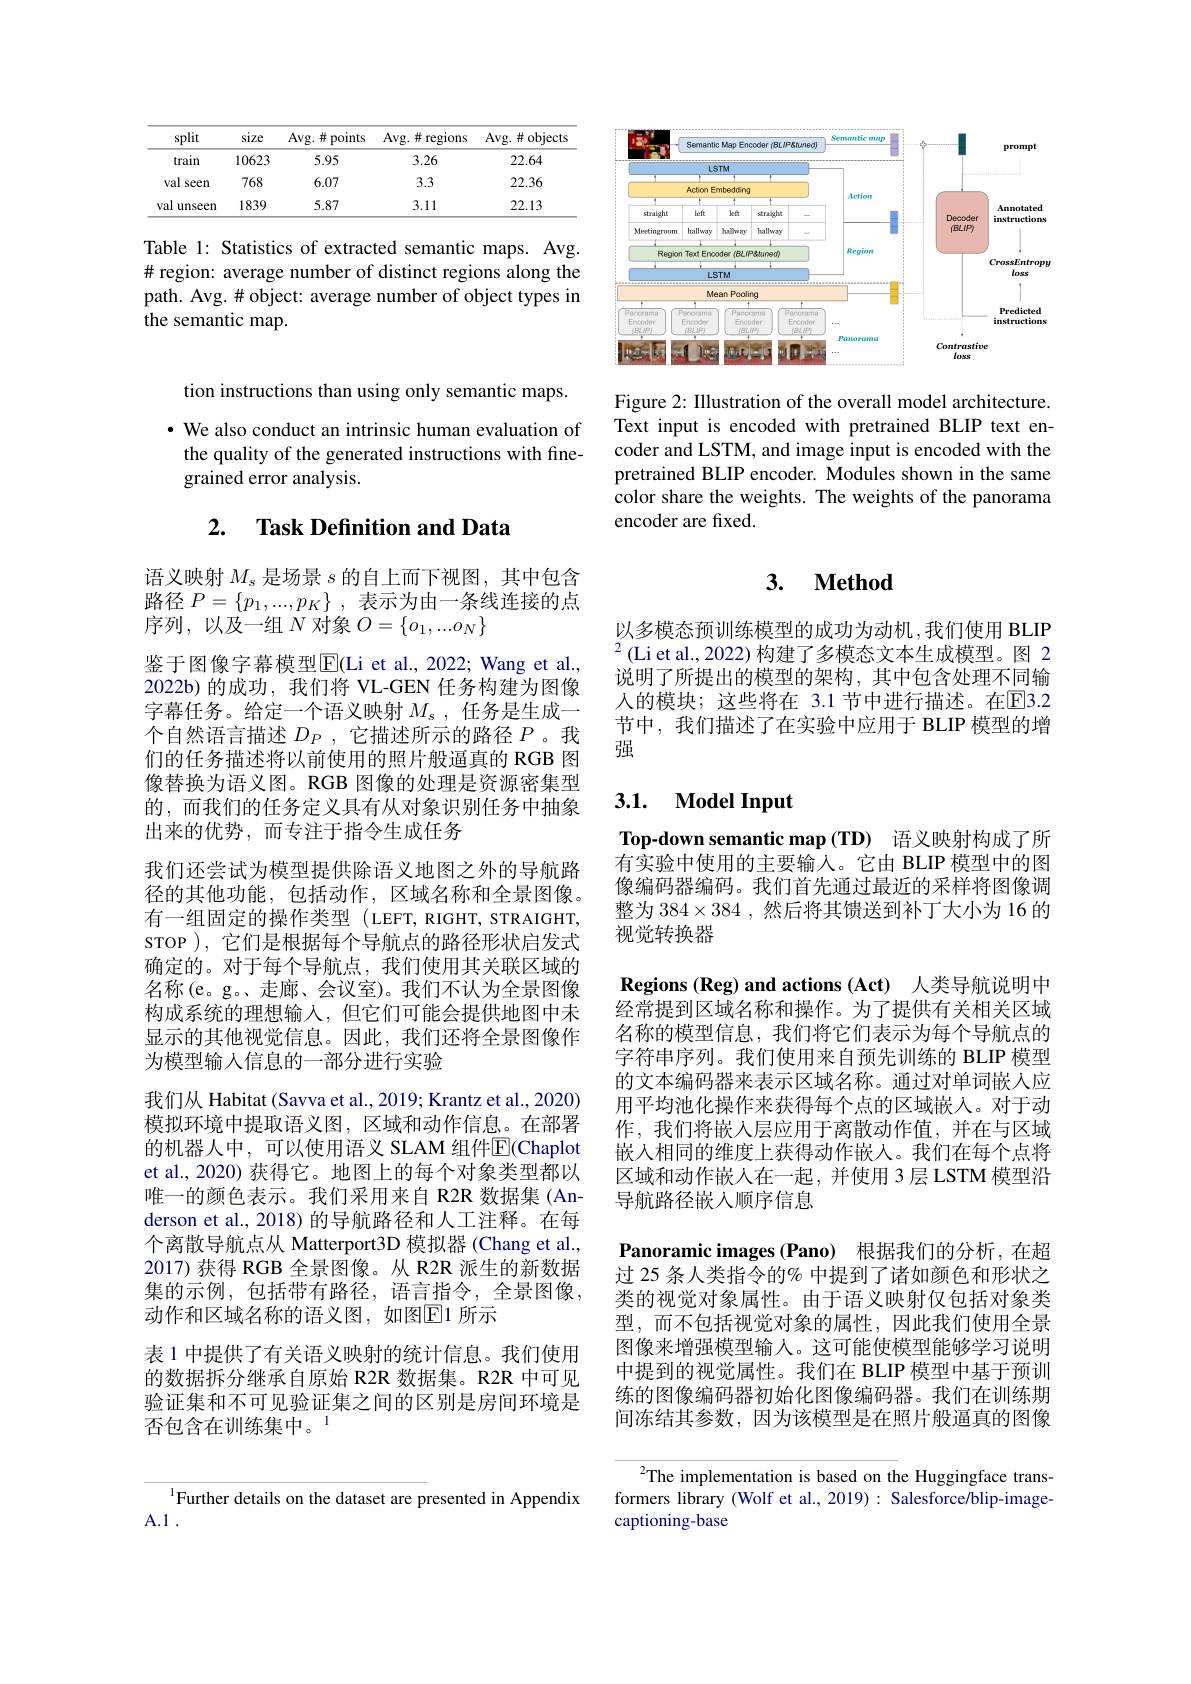
<table>
	<tbody>
		<tr>
			<th>split</th>
			<th>size</th>
			<th>Avg. $\#$ points</th>
			<th>Avg. $\#$ regions</th>
			<th>Avg. $\#$ objects</th>
		</tr>
		<tr>
			<td>train</td>
			<td>10623</td>
			<td>5.95</td>
			<td>3.26</td>
			<td>22.64</td>
		</tr>
		<tr>
			<td>val seen</td>
			<td>768</td>
			<td>6.07</td>
			<td>3.3</td>
			<td>22.36</td>
		</tr>
		<tr>
			<td>val unseen</td>
			<td>1839</td>
			<td>5.87</td>
			<td>3.11</td>
			<td>22.13</td>
		</tr>
	</tbody>
</table>

Table 1: Statistics of extracted semantic maps. Avg. # region: average number of distinct regions along the path. Avg. # object: average number of object types in the semantic map.

tion instructions than using only semantic maps.

$\cdot$ We also conduct an intrinsic human evaluation of the quality of the generated instructions with finegrained error analysis.

# 2. Task Definition and Data

语义映射$M_s$是场景$s$的自上而下视图，其中包含路径$P= \{ p_1, . . . , p_K\}$ ,表示为由一条线连接的点序列，以及一组$N$对象$O=\{o_1,...o_N\}$
鉴于图像字幕模型$\operatorname{E}($Li et al.,2022; Wang et al., 2022b)的成功，我们将 VL-GEN 任务构建为图像字幕任务。给定一个语义映射$M_s$,任务是生成一个自然语言描述$D_P$,它描述所示的路径$P$ 。我们的任务描述将以前使用的照片般逼真的 RGB 图像替换为语义图。RGB 图像的处理是资源密集型的，而我们的任务定义具有从对象识别任务中抽象出来的优势，而专注于指令生成任务
我们还尝试为模型提供除语义地图之外的导航路径的其他功能，包括动作，区域名称和全景图像。有一组固定的操作类型 (LEFT, RIGHT, STRAIGHT, sTOP ), 它们是根据每个导航点的路径形状启发式确定的。对于每个导航点，我们使用其关联区域的名称(e。g。、走廊、会议室)。我们不认为全景图像构成系统的理想输入，但它们可能会提供地图中未显示的其他视觉信息。因此，我们还将全景图像作为模型输入信息的一部分进行实验
我们从 Habitat (Savva et al., 2019; Krantz et al., 2020) 模拟环境中提取语义图，区域和动作信息。在部署的机器人中，可以使用语义 SLAM 组件$\overline{\mathrm{E}}($Chaplot et al., 2020) 获得它。地图上的每个对象类型都以唯一的颜色表示。我们采用来自 R2R 数据集 (Anderson et al., 2018) 的导航路径和人工注释。在每个离散导航点从 Matterport3D 模拟器 (Chang et al., 2017) 获得 RGB 全景图像。从 R2R 派生的新数据集的示例，包括带有路径，语言指令，全景图像， 动作和区域名称的语义图，如图$\overline{\mathbb{E}}$1 所示
表 1 中提供了有关语义映射的统计信息。我们使用的数据拆分继承自原始 R2R 数据集。R2R 中可见验证集和不可见验证集之间的区别是房间环境是否包含在训练集中。$^{1}$

$^{1}$Further details on the dataset are presented in Appendix
A.1 .

<FigureHere>

Figure 2: Illustration of the overall model architecture. Text input is encoded with pretrained BLIP text encoder and LSTM, and image input is encoded with the pretrained BLIP encoder. Modules shown in the same color share the weights. The weights of the panorama encoder are fixed.

### $\textbf{3. }$ $\textbf{Method}$

以多模态预训练模型的成功为动机，我们使用 BLIP $^{2}($Li et al., 2022) 构建了多模态文本生成模型。图 2说明了所提出的模型的架构，其中包含处理不同输人的模块；这些将在 3.1 节中进行描述。在$\overline{\mathrm{E}}$3.2节中，我们描述了在实验中应用于 BLIP 模型的增强

## 3.1. Model Input

Top-down semantic map (TD) 语义映射构成了所有实验中使用的主要输入。它由 BLIP 模型中的图像编码器编码。我们首先通过最近的采样将图像调整为$384\times384$ ,然后将其馈送到补丁大小为 16 的视觉转换器

$\textbf{Regions ( Reg) and actions ( Act) }$人类导航说明中经常提到区域名称和操作。为了提供有关相关区域名称的模型信息，我们将它们表示为每个导航点的字符串序列。我们使用来自预先训练的 BLIP 模型的文本编码器来表示区域名称。通过对单词嵌人应用平均池化操作来获得每个点的区域嵌入。对于动作，我们将嵌入层应用于离散动作值，并在与区域嵌入相同的维度上获得动作嵌人。我们在每个点将区域和动作嵌人在一起，并使用 3 层 LSTM 模型沿导航路径嵌入顺序信息
Panoramic images (Pano) 根据我们的分析，在超过 25 条人类指令的% 中提到了诸如颜色和形状之类的视觉对象属性。由于语义映射仅包括对象类型，而不包括视觉对象的属性，因此我们使用全景图像来增强模型输人。这可能使模型能够学习说明中提到的视觉属性。我们在 BLIP 模型中基于预训练的图像编码器初始化图像编码器。我们在训练期间冻结其参数，因为该模型是在照片般逼真的图像
${^2\text{The implementation is based on the Huggingface trans-}}$

formers library (Wolf et al., 2019) : Salesforce/blip-image-
captioning-base